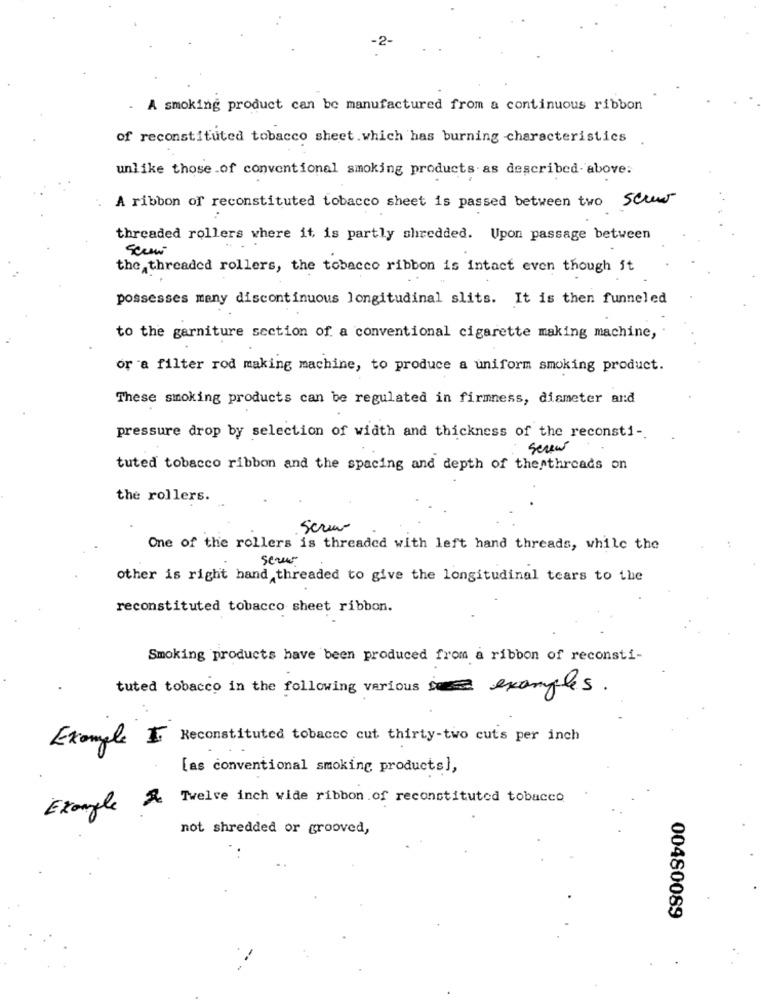
-2.
. A smoking product can be manufactured from a continuous ribbon
of reconstituted tobacco sheet.which has burning characteristics
unlike those .of conventional smoking products as described- above:
A ribbon of reconstituted tobacco sheet is passed between two scur
threaded rollers where it, is partly shredded. Upon passage between
the threaded rollers, the tobacco ribbon is intact even though it
possesses many discontinuous longitudinal slits. It is then funneled
to the garniture section of a conventional cigarette making machine,
or a filter rod making machine, to produce a uniform smoking product.
These smoking products can be regulated in firmness, diameter and
pressure drop by selection of width and thickness of the reconsti -.
screw
tuted tobacco ribbon and the spacing and depth of the threads on
the rollers.
.Screw
One of the rollers is threaded with left hand threads, while the
other is right hand threaded to give the longitudinal tears to the
reconstituted tobacco sheet ribbon.
Smoking products have been produced from a ribbon of reconsti-
tuted tobacco in the following various Do examples.
Example I
Reconstituted tobacco cut thirty-two cuts per inch
[as conventional smoking products],
Twelve inch wide ribbon of reconstituted tobacco
Example 2
not shredded or grooved,
00480089